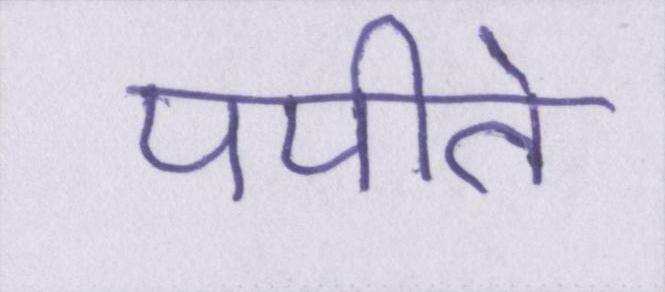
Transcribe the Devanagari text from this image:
पपीते